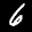
Label: 6